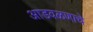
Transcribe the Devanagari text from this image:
आडवळणाचे